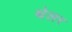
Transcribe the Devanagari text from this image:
थेलर